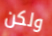
ولكن